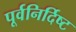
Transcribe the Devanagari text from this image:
पूर्वनिर्दिष्ट